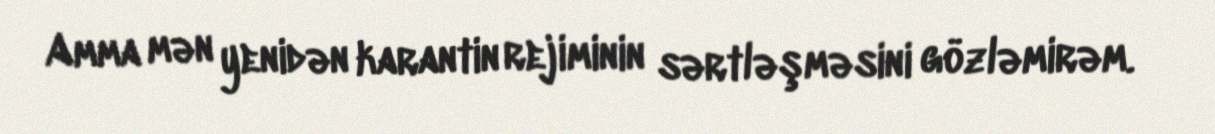
Amma mən yenidən karantin rejiminin sərtləşməsini gözləmirəm.